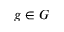
g \in G